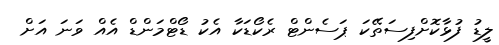
ލީޑު ފުޅާކޮށްފިސަތޭކަ ޕަސެންޓް ރެކޯޑަކާ އެކު ޑޯޓްމަންޑް އެއް ވަނަ އަށް